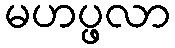
မဟပ္ဖလာ